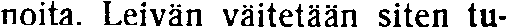
noita. Leivän väitetään siten tu-